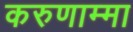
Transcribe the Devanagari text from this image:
करुणाम्मा